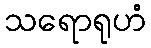
သရောရုဟံ